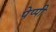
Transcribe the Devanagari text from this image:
पेप्पी